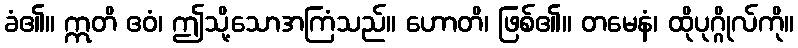
ခံ၏။ ဣတိ ဧဝံ၊ ဤသို့သောအကြံသည်။ ဟောတိ၊ ဖြစ်၏။ တမေနံ၊ ထိုပုဂ္ဂိုလ်ကို။